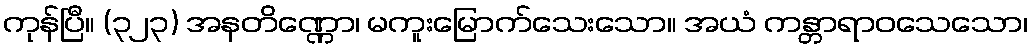
ကုန်ပြီ။ (၃၂၃) အနတိဏ္ဏော၊ မကူးမြောက်သေးသော။ အယံ ကန္တာရာဝသေသော၊